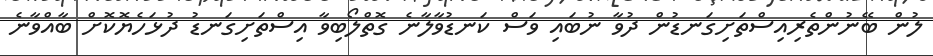
ލުން ބޭނުންތެރިއިސްތަށިގަނޑުން ދުވާ ނުބައި ވަސް ކަނޑުވާލާނެ ގޮތްލޯބިވާ އިސްތަށިގަނޑު ދުޅަހެޔޮކޮށް ބާއްވާނެ